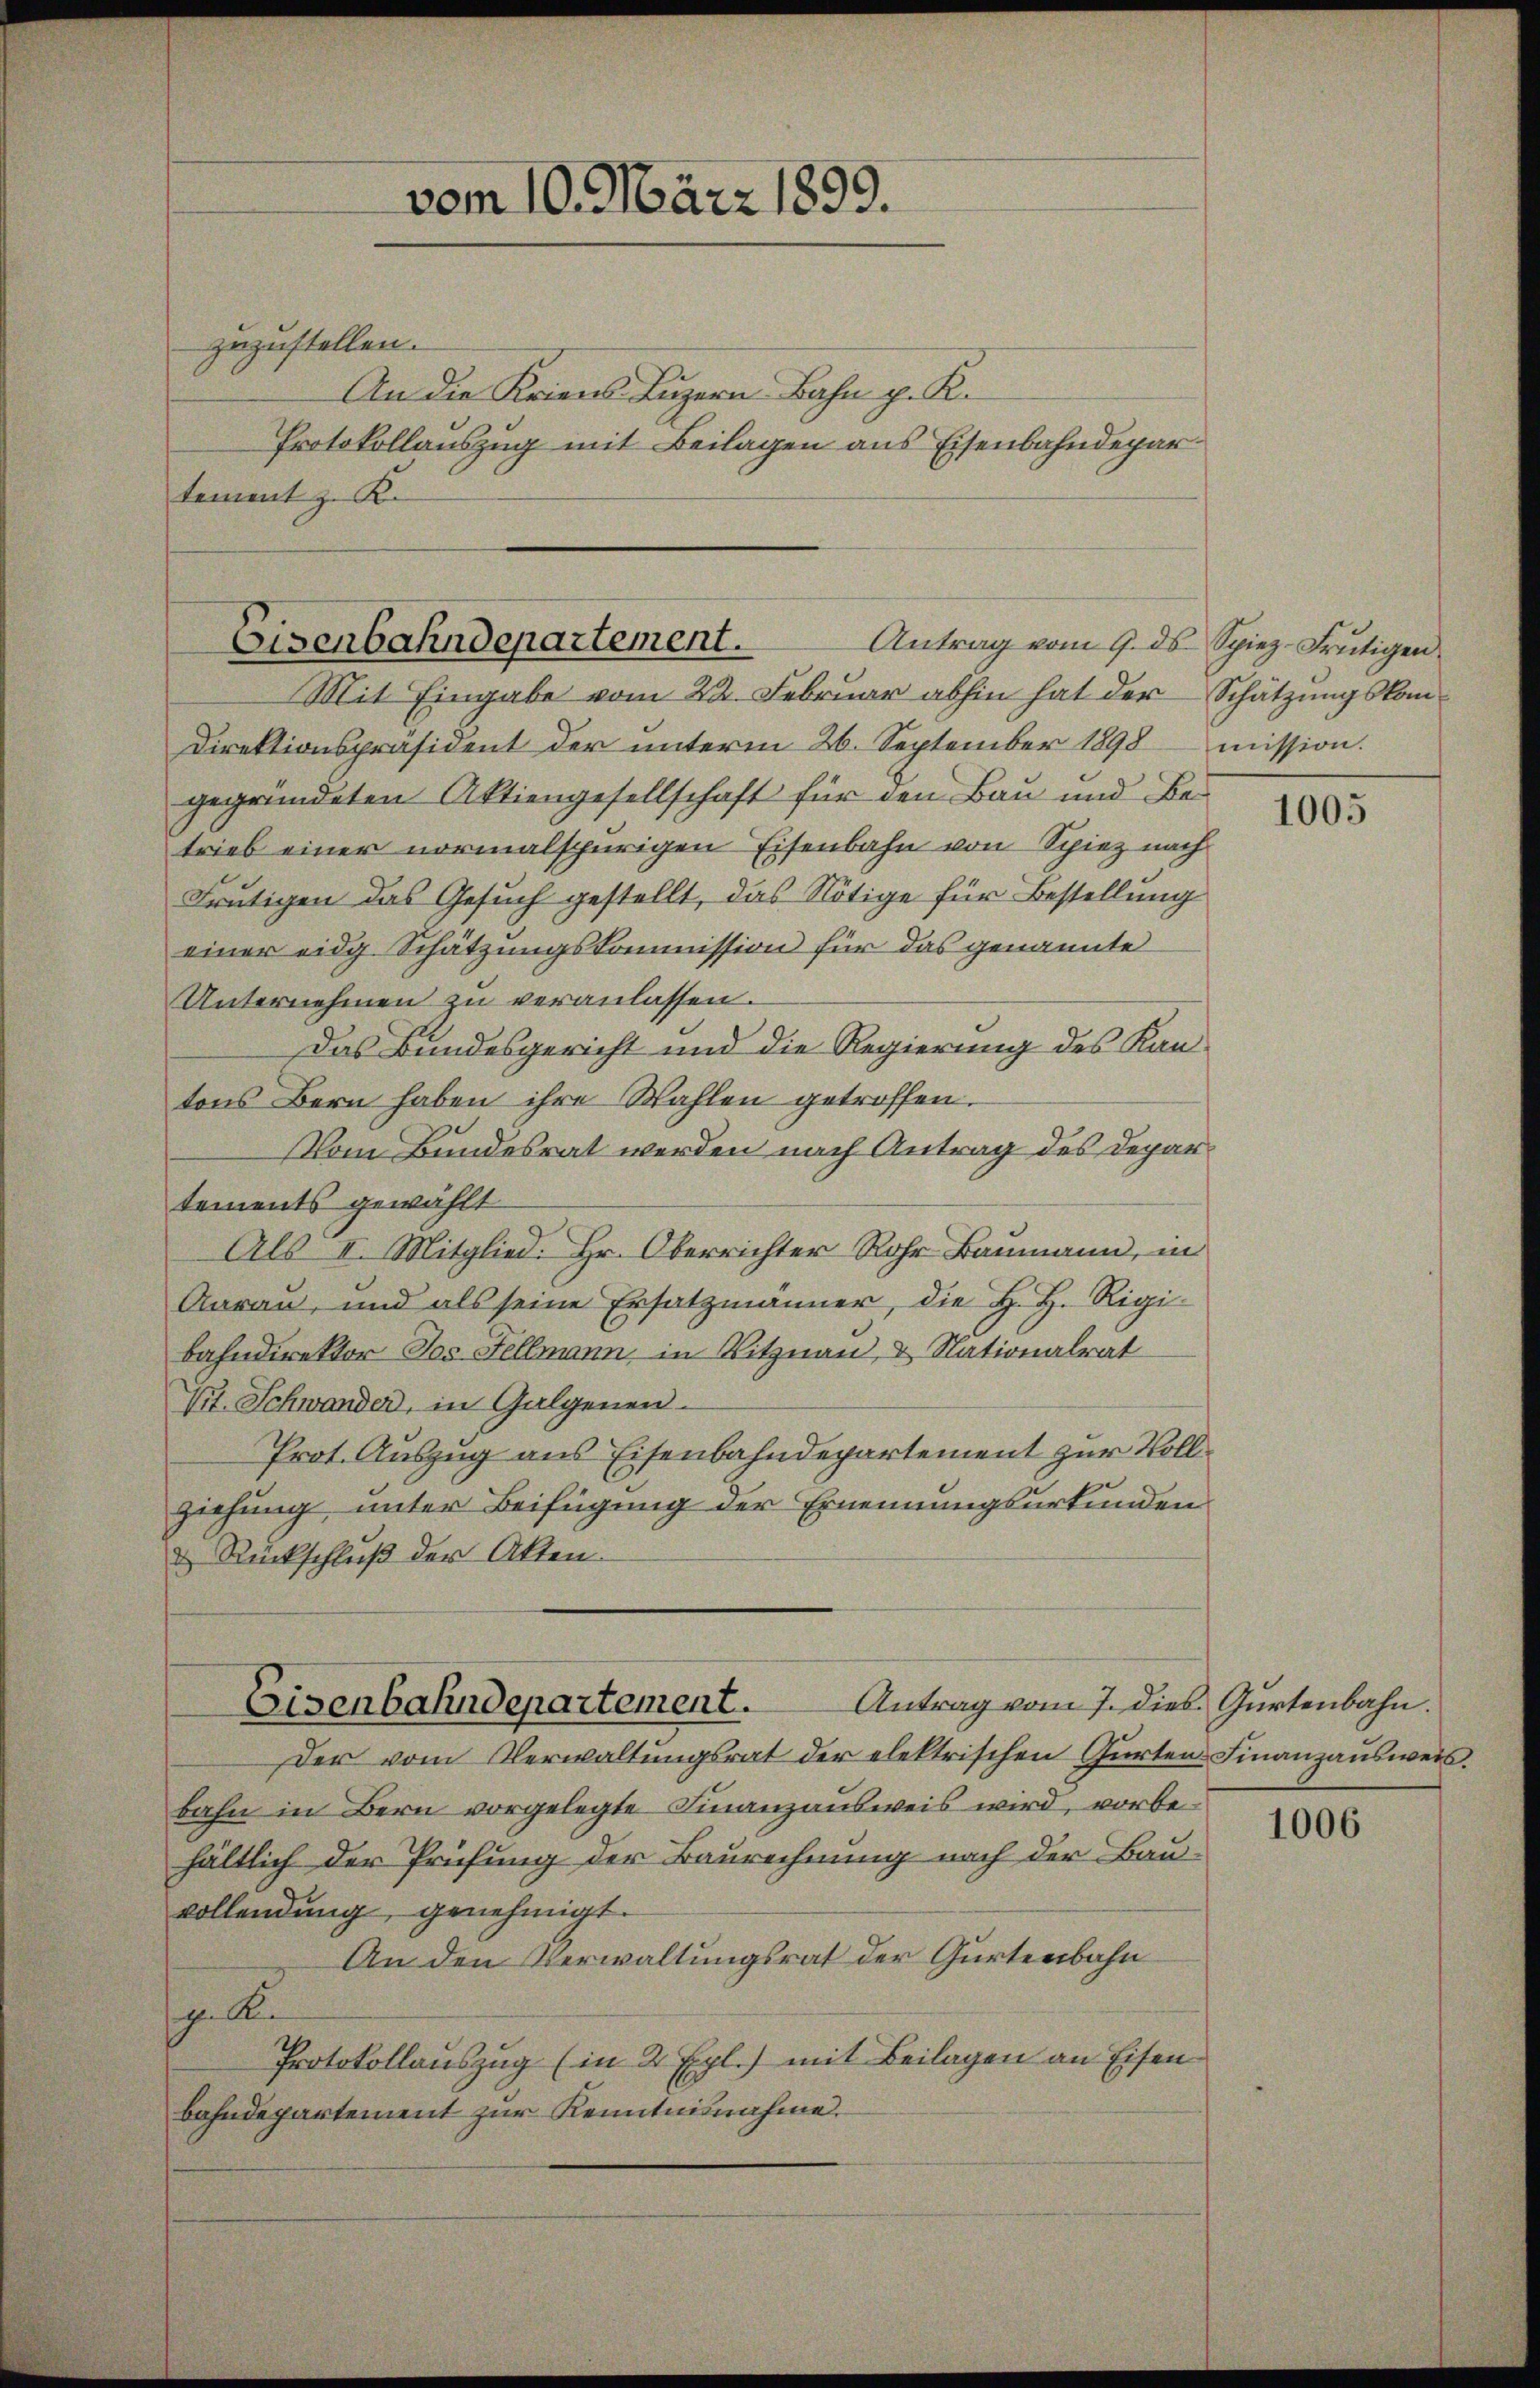
vom 10. März 1899.

zuzustellen.
An die Kriens Luzern Bahn p. K.
Protokollauszug mit Beilagen aus Eisenbahndepar
tement z. K.

Eisenbahndepartement. Antrag vom 9. ds Spiez. Frutigen,
Mit Eingabe vom 22. Februar abhin hat der Schätzungskom¬

Direktionspräsident der unterm 26. September 1898 mission.
gegründeten Aktiengesellschaft für den Bau und Betrieb einer normalspurigen Eisenbahn von Spiez nach
Frutigen das Gesuch gestellt, das Nötige für Bestellung
einer eidg. Schätzungskommission für das genannte
Unternehmen zu veranlassen.
Das Bundesgericht und die Regierung des Kantons Bern haben ihre Wahlen getroffen.
Vom Bundesrat werden nach Antrag des Departements gewählt
Als II. Mitglied: Hr. Oberrichter Rohr Baumann, in
Aarau, und als seine Ersatzmänner, die H. H. Rigi-
bahndirektor Jos Fellmann, in Ritznau, & Nationalrat
Vit. Schwander, in Galgenen
Prot. Auszug aus Eisenbahndepartement zur Vollziehung unter Beifügung der Ernennungsurkunden
& Rückschluß der Akten.
Antrag vom 7. dies Gurtenbahn.
Eisenbahndepartement.
Der vom Verwaltungsrat der elektrischen Gurten Finanzausweis.
bahn in Bern vorgelegte Finanzausweis wird, vorbehältlich der Prüfung der Baurechnung nach der Bau-
vollendung, genehmigt.
An den Verwaltungsrat der Gürtenbahn
gelten
Protokollauszug (in 2 Exl.) mit Beilagen an Eisenbahndepartement zur Kenntnisnahme

1005

1006